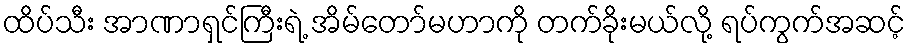
ထိပ်သီး အာဏာရှင်ကြီးရဲ့ အိမ်တော်မဟာကို တက်ခိုးမယ်လို့ ရပ်ကွက်အဆင့်